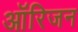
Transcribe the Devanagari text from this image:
आॅरिजन